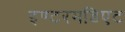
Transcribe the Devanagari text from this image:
इण्टरमडिएट